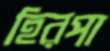
হিরপা